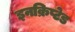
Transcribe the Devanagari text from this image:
इनक्रिप्टेड